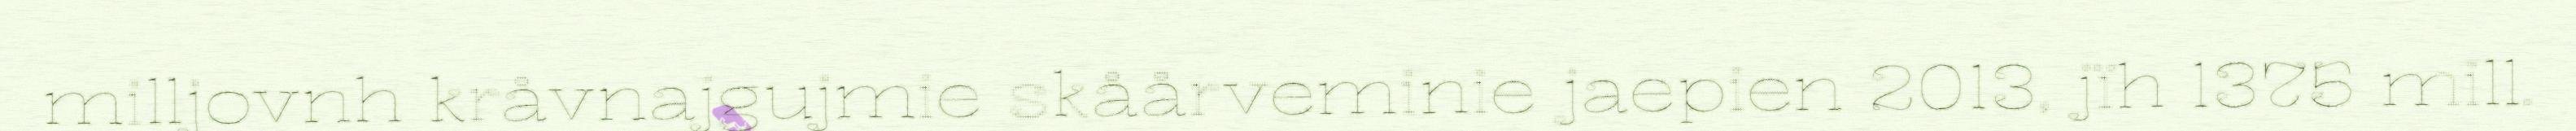
milljovnh kråvnajgujmie skåårveminie jaepien 2013, jïh 1375 mill.